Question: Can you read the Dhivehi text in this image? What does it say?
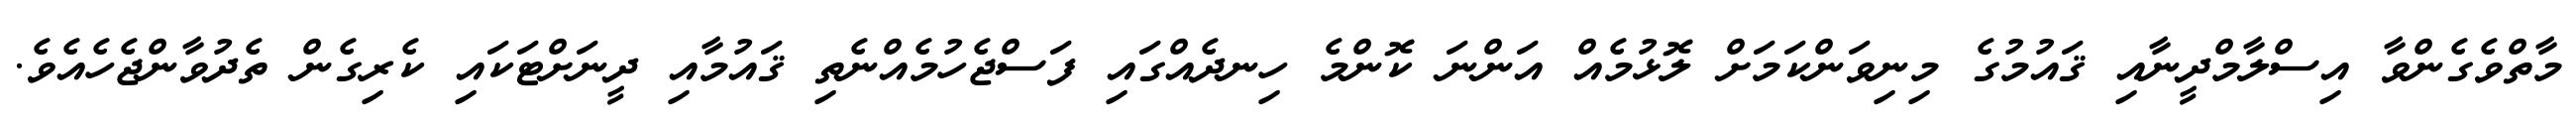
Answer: މާތްވެގެންވާ އިސްލާމްދީނާއި ޤައުމުގެ މިނިވަންކަމަށް ލޮޅުމެއް އަންނަ ކޮންމެ ހިނދެއްގައި ފަސްޖެހުމެއްނެތި ޤައުމާއި ދީނަށްޓަކައި ކެރިގެން ތެދުވާންޖެހެއެވެ.